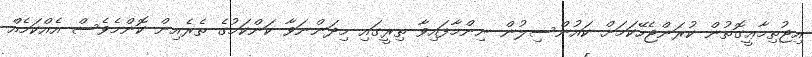
އިޖުތިމާޢީގޮތުން ކުރަންޖެހޭކަމަށް ކައުންސިލުން ނިންމާފައިވާ ތިރީގައި މިދަންނަވާ ކަންކަމުގެ ތެރެއިން ކޮންމެވެސް އެއްކަމެއް